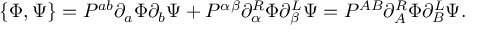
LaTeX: \{ \Phi , \Psi \} = P ^ { a b } \partial _ { a } \Phi \partial _ { b } \Psi + P ^ { \alpha \beta } \partial _ { \alpha } ^ { R } \Phi \partial _ { \beta } ^ { L } \Psi = P ^ { A B } \partial _ { A } ^ { R } \Phi \partial _ { B } ^ { L } \Psi .